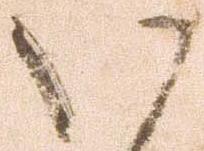
い